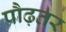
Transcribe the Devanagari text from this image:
प्रौढ़तर